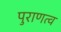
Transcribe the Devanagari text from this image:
पुराणत्व